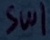
Text: SW1